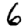
Digit: 6